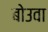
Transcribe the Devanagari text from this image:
बोउवा